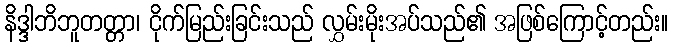
နိဒ္ဒါဘိဘူတတ္တာ၊ ငိုက်မြည်းခြင်းသည် လွှမ်းမိုးအပ်သည်၏ အဖြစ်ကြောင့်တည်း။